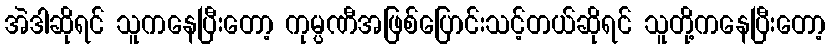
အဲဒါဆိုရင် သူကနေပြီးတော့ ကုမ္ပဏီအဖြစ်ပြောင်းသင့်တယ်ဆိုရင် သူတို့ကနေပြီးတော့